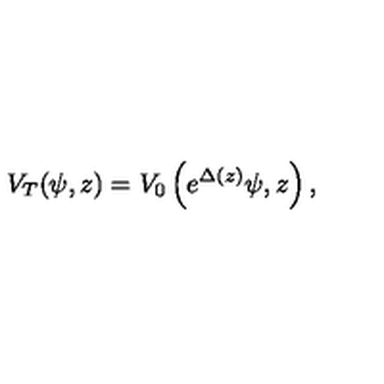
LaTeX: V _ { T } ( \psi , z ) = V _ { 0 } \left( e ^ { \Delta ( z ) } \psi , z \right) ,